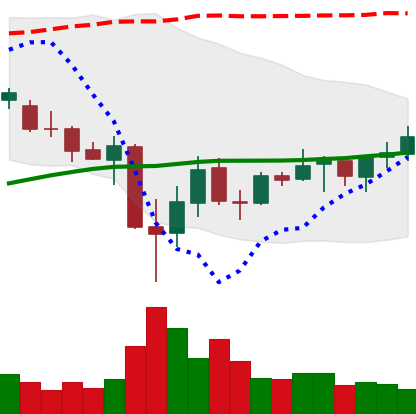
Ticker: ADA-USD
Chart end date: 2021-07-04
Forward return: -7.455%
Label: down_7plus